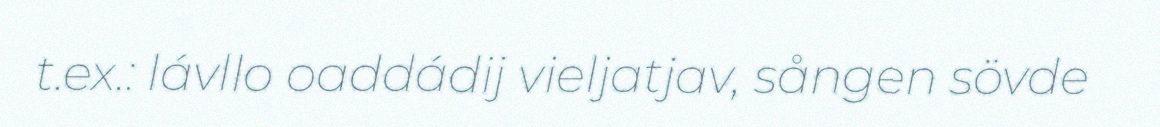
t.ex.: lávllo oaddádij vieljatjav, sången sövde